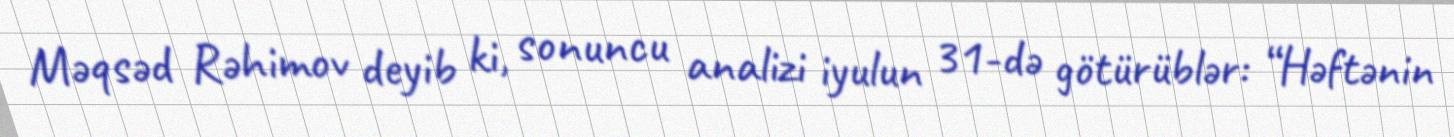
Məqsəd Rəhimov deyib ki, sonuncu analizi iyulun 31-də götürüblər: “Həftənin